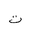
Letter: _ta